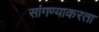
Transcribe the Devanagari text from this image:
सांगण्याकरता